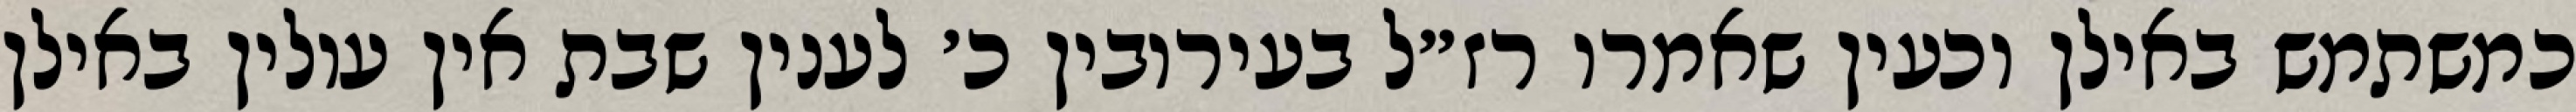
כמשתמש באילן וכעין שאמרו רז״ל בעירובין כ׳ לענין שבת אין עולין באילן